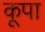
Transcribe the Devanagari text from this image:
कूपा